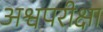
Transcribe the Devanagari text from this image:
अश्वपरीक्षा